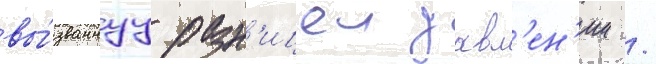
вы́званнуу разн'ицеи давл'ен'ии /